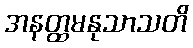
အနတ္ထမနုသာသတိ